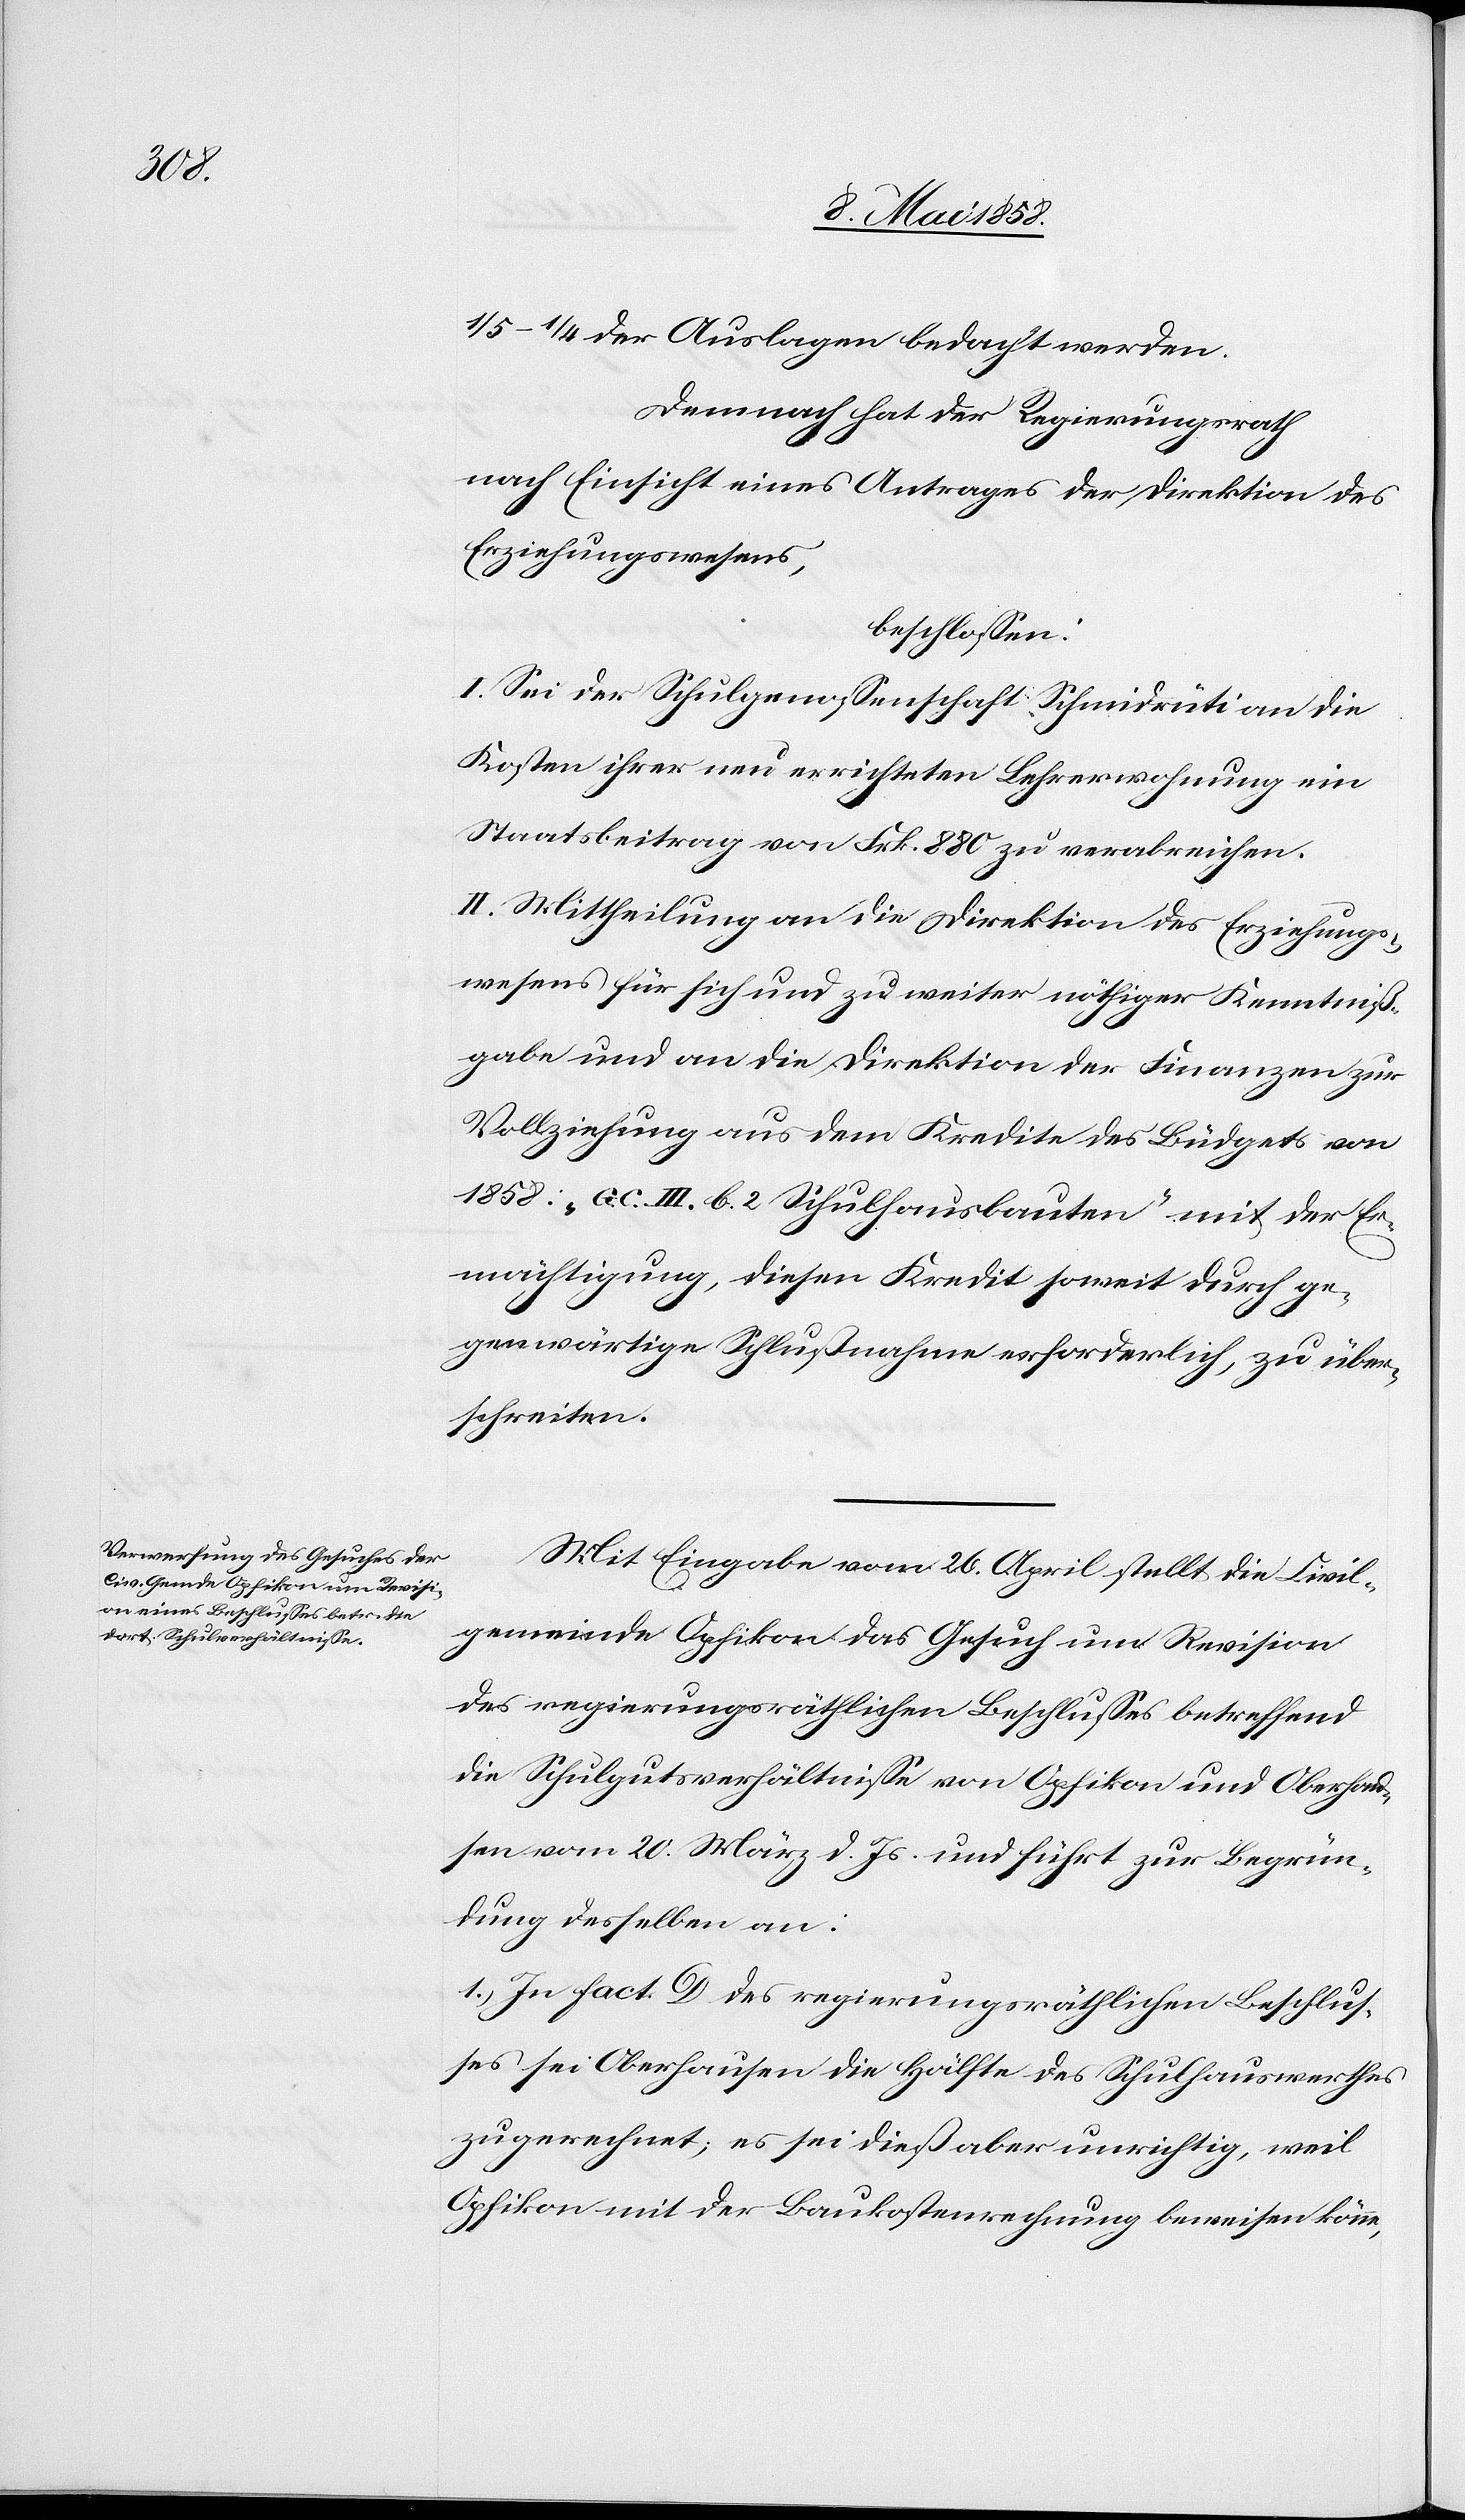
1/5–1/4 der Auslagen bedacht werden.
Demnach hat der Regierungsrath
nach Einsicht eines Antrags der Direktion des
Erziehungswesens,
beschlossen:
I. Sei der Schulgenossenschaft Schmidrüti an die
Kosten ihrer neu errichteten Lehrerwohnung ein
Staatsbeitrag von Frk. 880 zu verabreichen.
II. Mittheilung an die Direktion des Erziehungs¬
wesens für sich und zu weiter nöthiger Kenntniß¬
gabe und an die Direktion der Finanzen zur
Vollziehung aus dem Kredite des Büdgets von
1858: „G.C III. b. 2 Schulhausbauten“ mit der Er¬
mächtigung, diesen Kredit soweit durch ge¬
genwärtige Schlußnahme erforderlich, zu über¬
schreiten.
Mit Eingabe vom 26. April stellt die Civil¬
gemeinde Opfikon das Gesuch um Revision
des regierungsräthlichen Beschlusses betreffend
die Schulgutsverhältnisse von Opfikon und Oberhau¬
sen vom 20. März d. Js. und führt zur Begrün¬
dung desselben an:
1. In Fact. D des regierungsräthlichen Beschlus¬
ses sei Oberhausen die Hälfte des Schulhauswerthes
zugerechnet; es sei dieß aber unrichtig, weil
Opfikon mit der Baukostenrechnung beweisen könne,